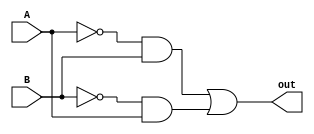
`timescale 1ns / 1ps
//////////////////////////////////////////////////////////////////////////////////
// Company: 
// Engineer: 
// 
// Design Name: 
// Module Name: xorGate
// Project Name: 
// Target Devices: 
// Tool Versions: 
// Description: 
// 
// Dependencies: 
// 
// Revision:
// Revision 0.01 - File Created
// Additional Comments:
// 
//////////////////////////////////////////////////////////////////////////////////


module xorGate(
input A, input B, output out
    );
wire joA;
wire joB;
wire cout;
assign joA= ~A;
assign joB =~B;
    
    
assign out = (joA & B) | (joB & A);
endmodule